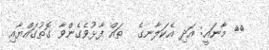
٢٠ މާނައީ: އަދި އެކަލާނގެ  ތައް ފާޅުވެގެންވާ ގޮތުގައްޔާއި